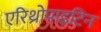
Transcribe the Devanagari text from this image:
एरिथ्रोपाइटिन